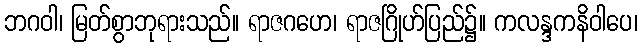
ဘဂဝါ၊ မြတ်စွာဘုရားသည်။ ရာဇဂဟေ၊ ရာဇဂြိုဟ်ပြည်၌။ ကလန္ဒကနိဝါပေ၊